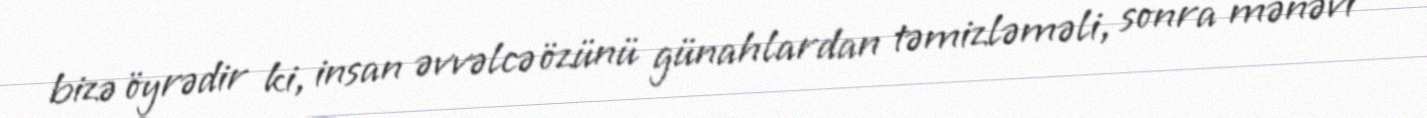
bizə öyrədir ki, insan əvvəlcə özünü günahlardan təmizləməli, sonra mənəvi